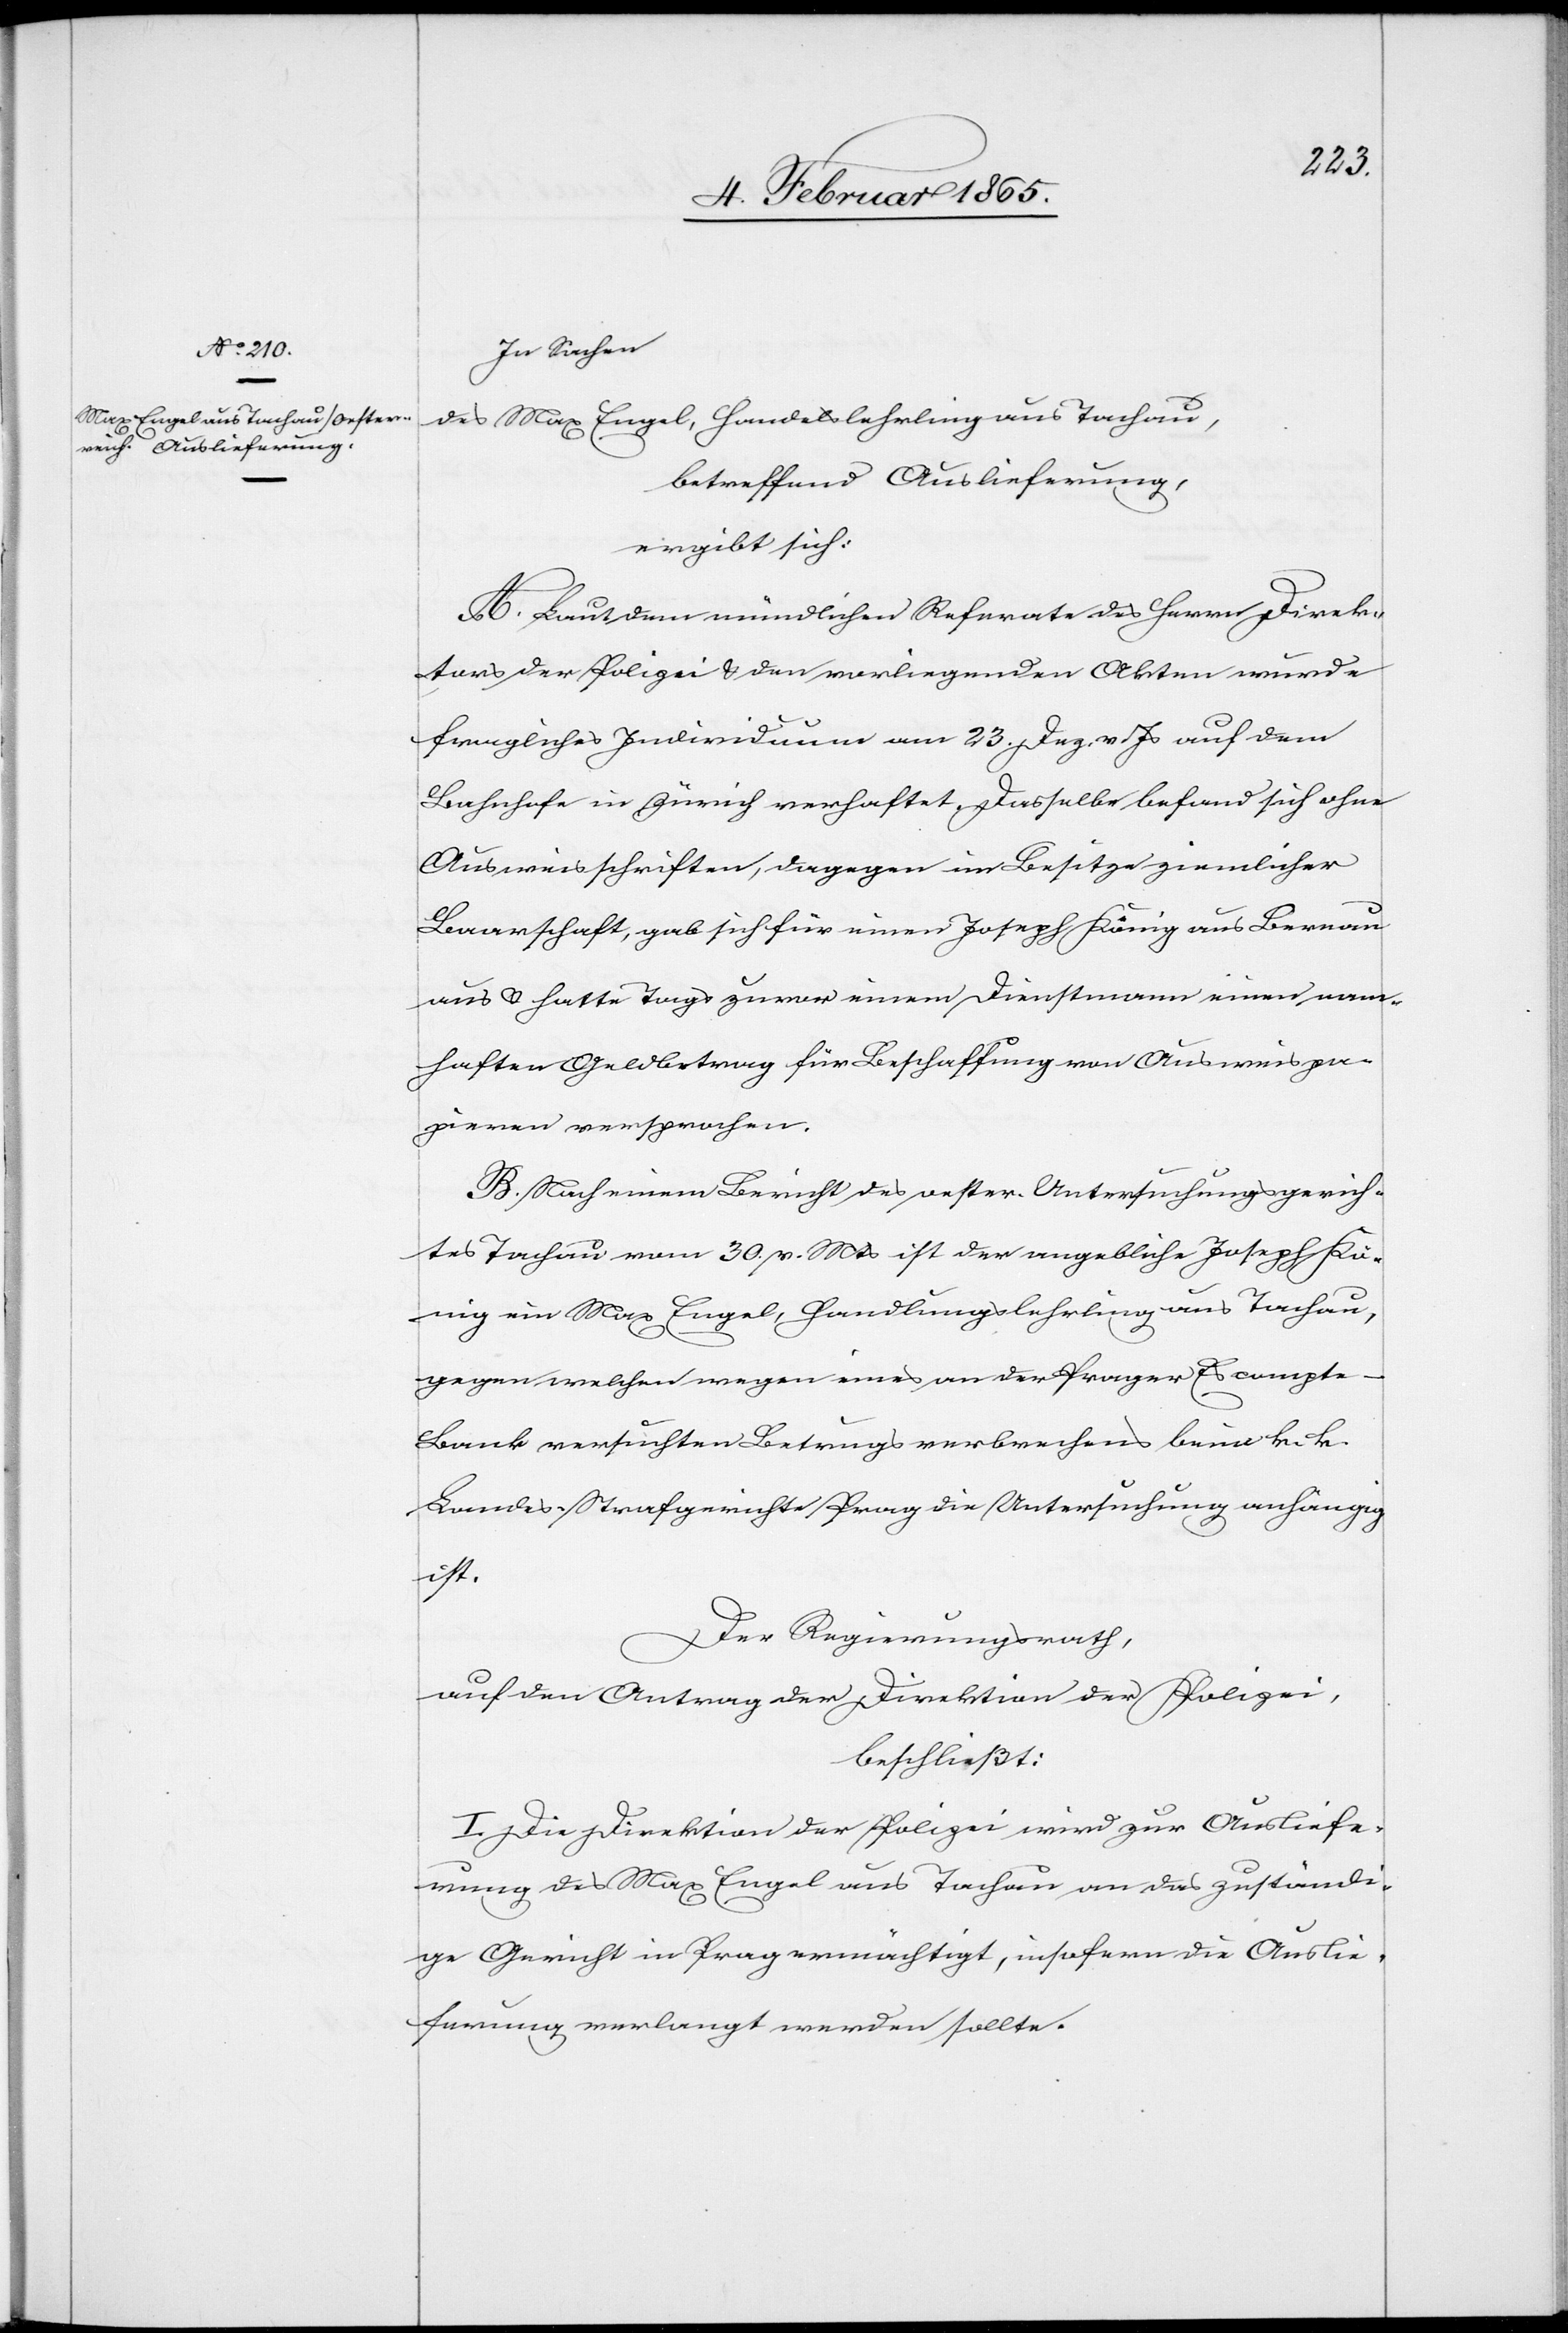
In Sachen
des Max Engel, Handelslehrling aus Tachau,
betreffend Auslieferung,
ergibt sich:
A. Laut dem mündlichen Referate des Herrn Direk¬
tors der Polizei u. den vorliegenden Akten wurde
fragliches Individuum am 23. Dez. v. Js auf dem
Bahnhofe in Zürich verhaftet. Dasselbe befand sich ohne
Ausweisschriften, dagegen im Besitze ziemlicher
Baarschaft, gab sich für einen Joseph König aus Bernau
aus u. hatte Tags zuvor einem Dienstmann einen nam¬
haften Geldbetrag für Beschaffung von Ausweispa¬
pieren versprochen.
B. Nach einem Bericht des oester. Untersuchungsgerich¬
tes Tachau vom 30. v. Mts ist der angebliche Joseph Kö¬
nig ein Max Engel, Handlungslehrling aus Tachau,
gegen welchen wegen eines and der Prager Escompt¬
e-Bank versuchten Betrugsverbrechens beim k. k.
Landes-Strafgerichte Prag die Untersuchung anhängig
ist.
Der Regierungsrath,
auf den Antrag der Direktion der Polizei,
beschließt:
I. Die Direktion der Polizei wird zur Ausliefe¬
rung des Max Engel aus Tachau an das zuständi¬
ge Gericht in Prag ermächtigt, insofern die Auslie¬
ferung verlangt werden sollte.